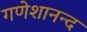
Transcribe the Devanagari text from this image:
गणेशानन्द